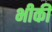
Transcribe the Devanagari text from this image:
भीकी